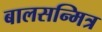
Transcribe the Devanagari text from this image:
बालसन्मित्र